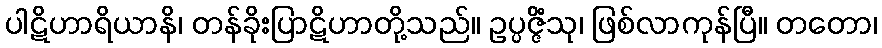
ပါဋိဟာရိယာနိ၊ တန်ခိုးပြာဋိဟာတို့သည်။ ဥပ္ပဇ္ဇိံသု၊ ဖြစ်လာကုန်ပြီ။ တတော၊